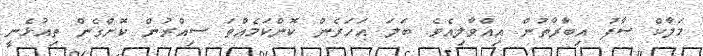
މަލާކް ސާފު އިބާރާތުން އިއްވާލިއެވެ. ބަލަ އަހަރެން ކޮންކަމެއްތަ ސިއްރުން ކޮށްގެން ތިއުޅެނީ